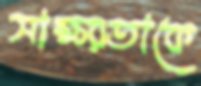
সাক্ষরতাকে